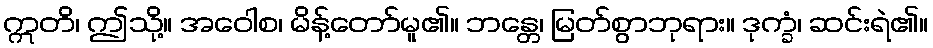
ဣတိ၊ ဤသို့။ အဝေါစ၊ မိန့်တော်မူ၏။ ဘန္တေ၊ မြတ်စွာဘုရား။ ဒုက္ခံ၊ ဆင်းရဲ၏။